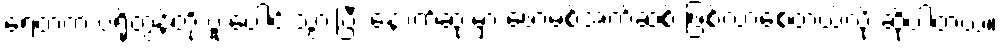
ရေထဲက ပရိုတွန်တို့ ပူးပေါင်းသွားပြီး နောက်ဆုံးမှာ ဖောမစ်အက်ဆစ် ဖြစ်လာစေတယ်လို့ ဆိုပါတယ်။